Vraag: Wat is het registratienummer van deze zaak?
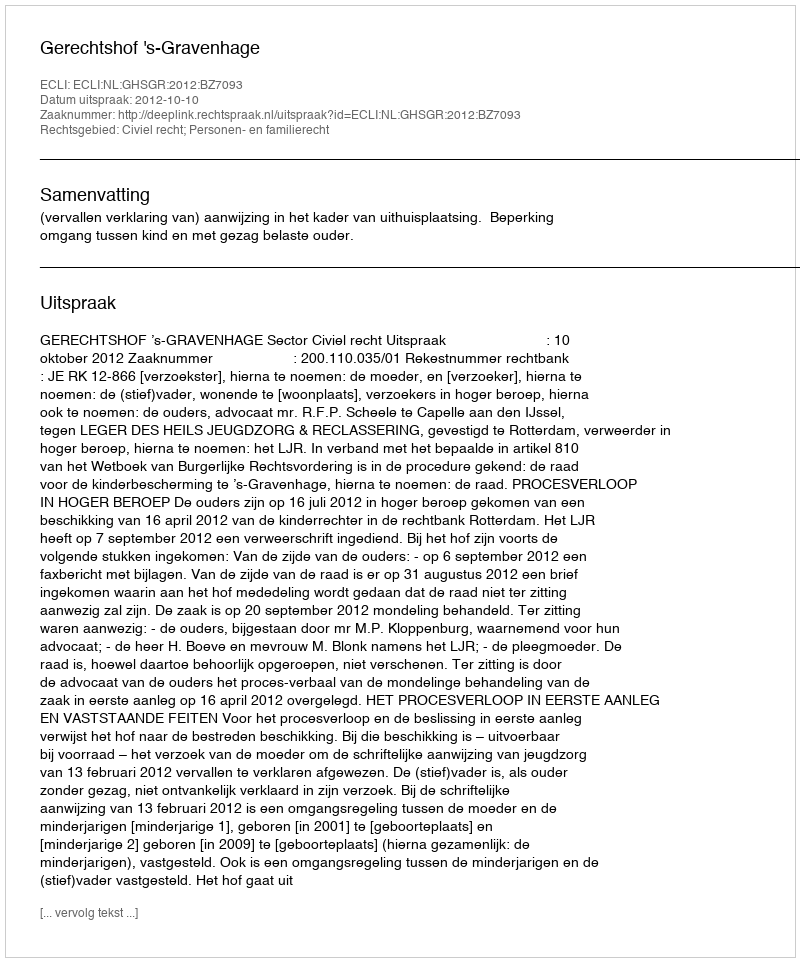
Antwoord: http://deeplink.rechtspraak.nl/uitspraak?id=ECLI:NL:GHSGR:2012:BZ7093